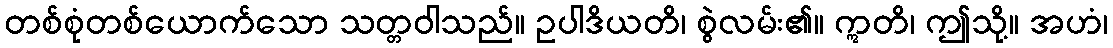
တစ်စုံတစ်ယောက်သော သတ္တဝါသည်။ ဥပါဒိယတိ၊ စွဲလမ်း၏။ ဣတိ၊ ဤသို့။ အဟံ၊